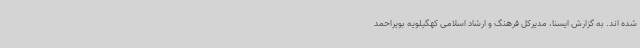
شده اند. به گزارش ایسنا، مدیرکل فرهنگ و ارشاد اسلامی کهگیلویه بویراحمد